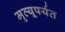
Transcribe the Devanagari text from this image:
मृत्यूपर्यत